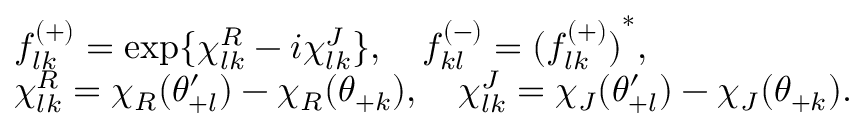
\begin{array} { l } { { f _ { l k } ^ { ( + ) } = \exp \{ \chi _ { l k } ^ { R } - i \chi _ { l k } ^ { J } \} , \quad f _ { k l } ^ { ( - ) } = { ( f _ { l k } ^ { ( + ) } ) } ^ { * } , } } \\ { { \chi _ { l k } ^ { R } = \chi _ { R } ( \theta _ { + l } ^ { \prime } ) - \chi _ { R } ( \theta _ { + k } ) , \quad \chi _ { l k } ^ { J } = \chi _ { J } ( \theta _ { + l } ^ { \prime } ) - \chi _ { J } ( \theta _ { + k } ) . } } \end{array}